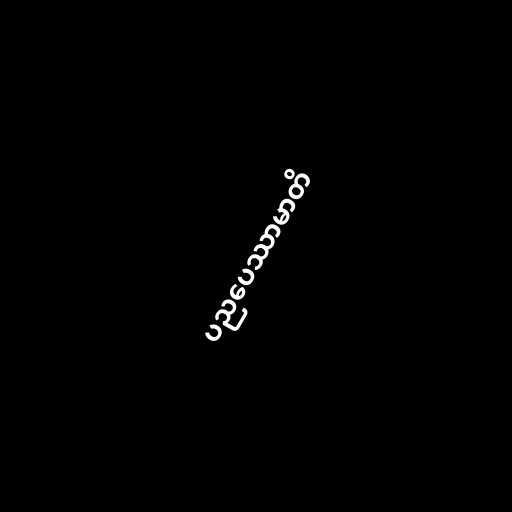
ပညပေဿာမာတိ